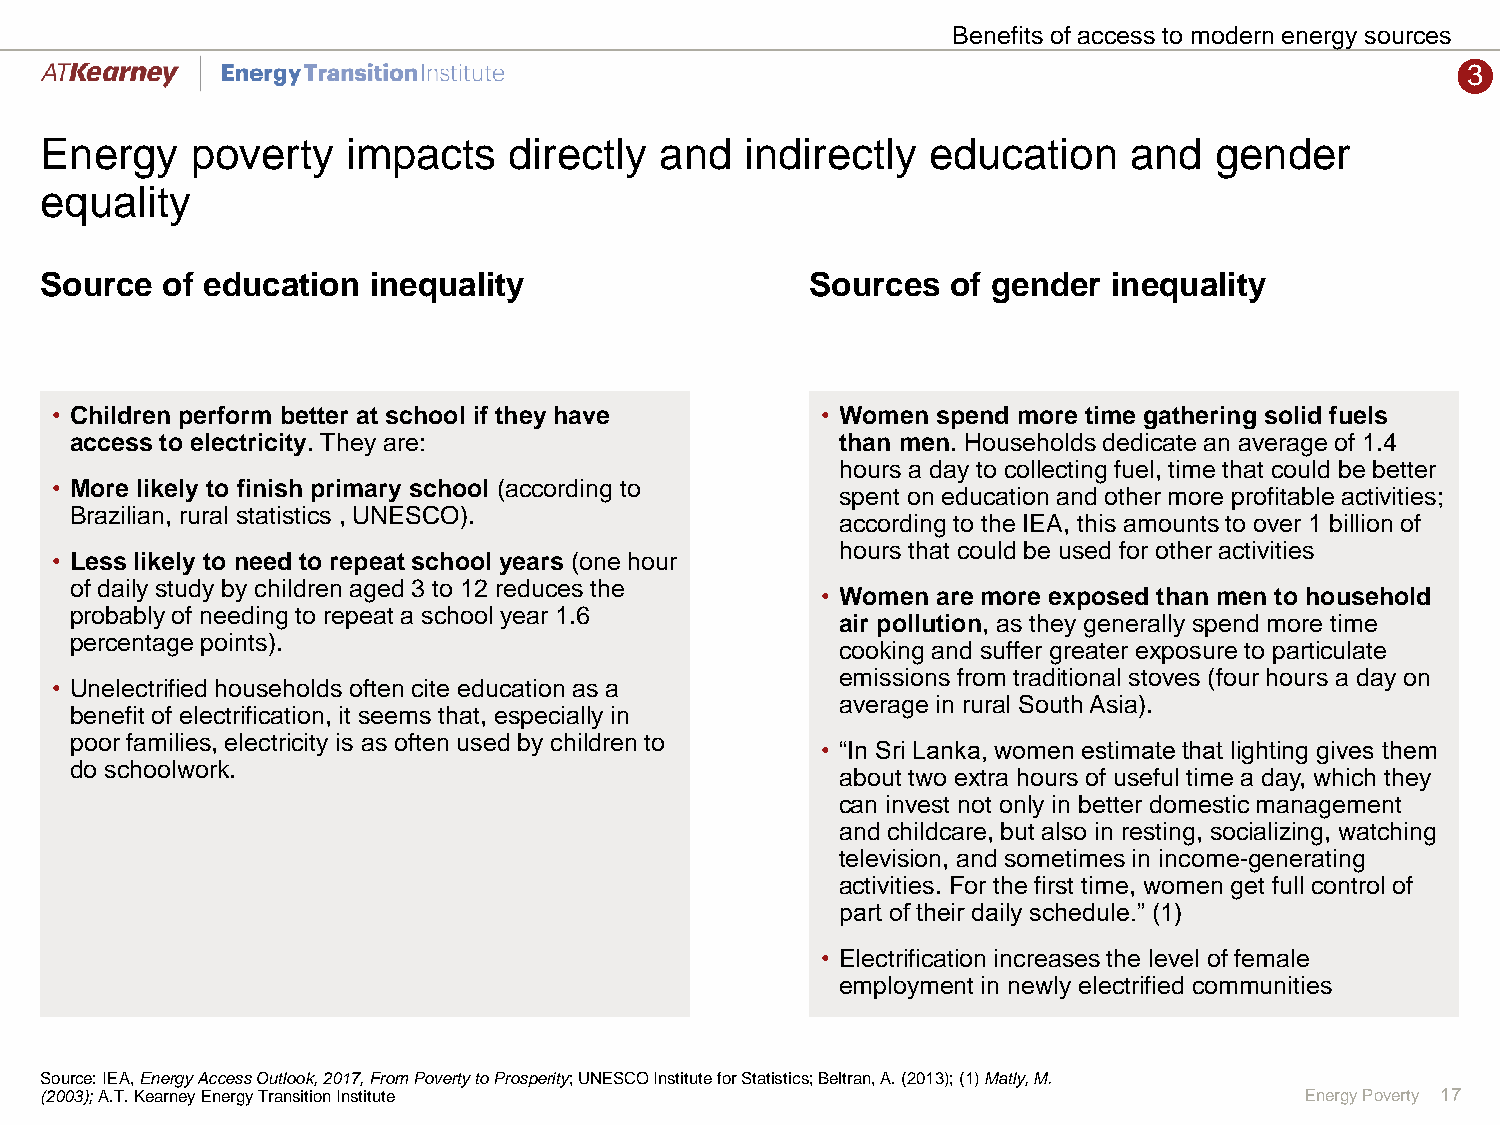
Benefits of access to modern energy sources
 3
 Energy    poverty   impacts    directly  and  indirectly  education     and  gender
 equality
 Source  of education inequality                    Sources  of gender  inequality
 • Children perform better at school if they have   • Women spend more time gathering solid fuels
 access to electricity. They are:                   than men. Households dedicate an average of 1.4
 hours a day to collecting fuel, time that could be better
 • More likely to finish primary school (according to
 spent on education and other more profitable activities;
 Brazilian, rural statistics , UNESCO).
 according to the IEA, this amounts to over 1 billion of
 hours that could be used for other activities
 • Less likely to need to repeat school years (one hour
 of daily study by children aged 3 to 12 reduces the
 • Women are more exposed than men to household
 probably of needing to repeat a school year 1.6
 air pollution, as they generally spend more time
 percentage points).
 cooking and suffer greater exposure to particulate
 emissions from traditional stoves (four hours a day on
 • Unelectrified households often cite education as a
 average in rural South Asia).
 benefit of electrification, it seems that, especially in
 poor families, electricity is as often used by children to
 • “In Sri Lanka, women estimate that lighting gives them
 do schoolwork.
 about two extra hours of useful time a day, which they
 can invest not only in better domestic management
 and childcare, but also in resting, socializing, watching
 television, and sometimes in income-generating
 activities. For the first time, women get full control of
 part of their daily schedule.” (1)
 • Electrification increases the level of female
 employment in newly electrified communities
 Source: IEA, Energy Access Outlook, 2017, From Poverty to Prosperity; UNESCO Institute for Statistics; Beltran, A. (2013); (1) Matly, M.
 (2003); A.T.Kearney Energy Transition Institute                                    Energy Poverty 17